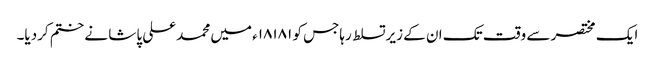
ایک مختصر سے وقت تک ان کے زیرتسلط رہاجس کو ۱۸۱۸۱ء میں محمدعلی پاشا نے ختم کردیا۔